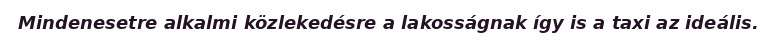
Mindenesetre alkalmi közlekedésre a lakosságnak így is a taxi az ideális.